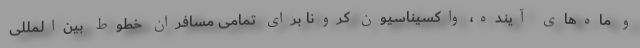
و ماه‌های آینده، واکسیناسیون کرونا برای تمامی مسافران خطوط بین‌المللی